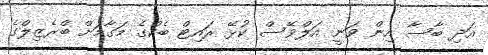
އަދި ބާސާ އިން ވަނީ އަލްވޭސް ކުޅޭ ރައިޓް ބެކްގެ މަގާމަށް ބްރެޒިލްގެ